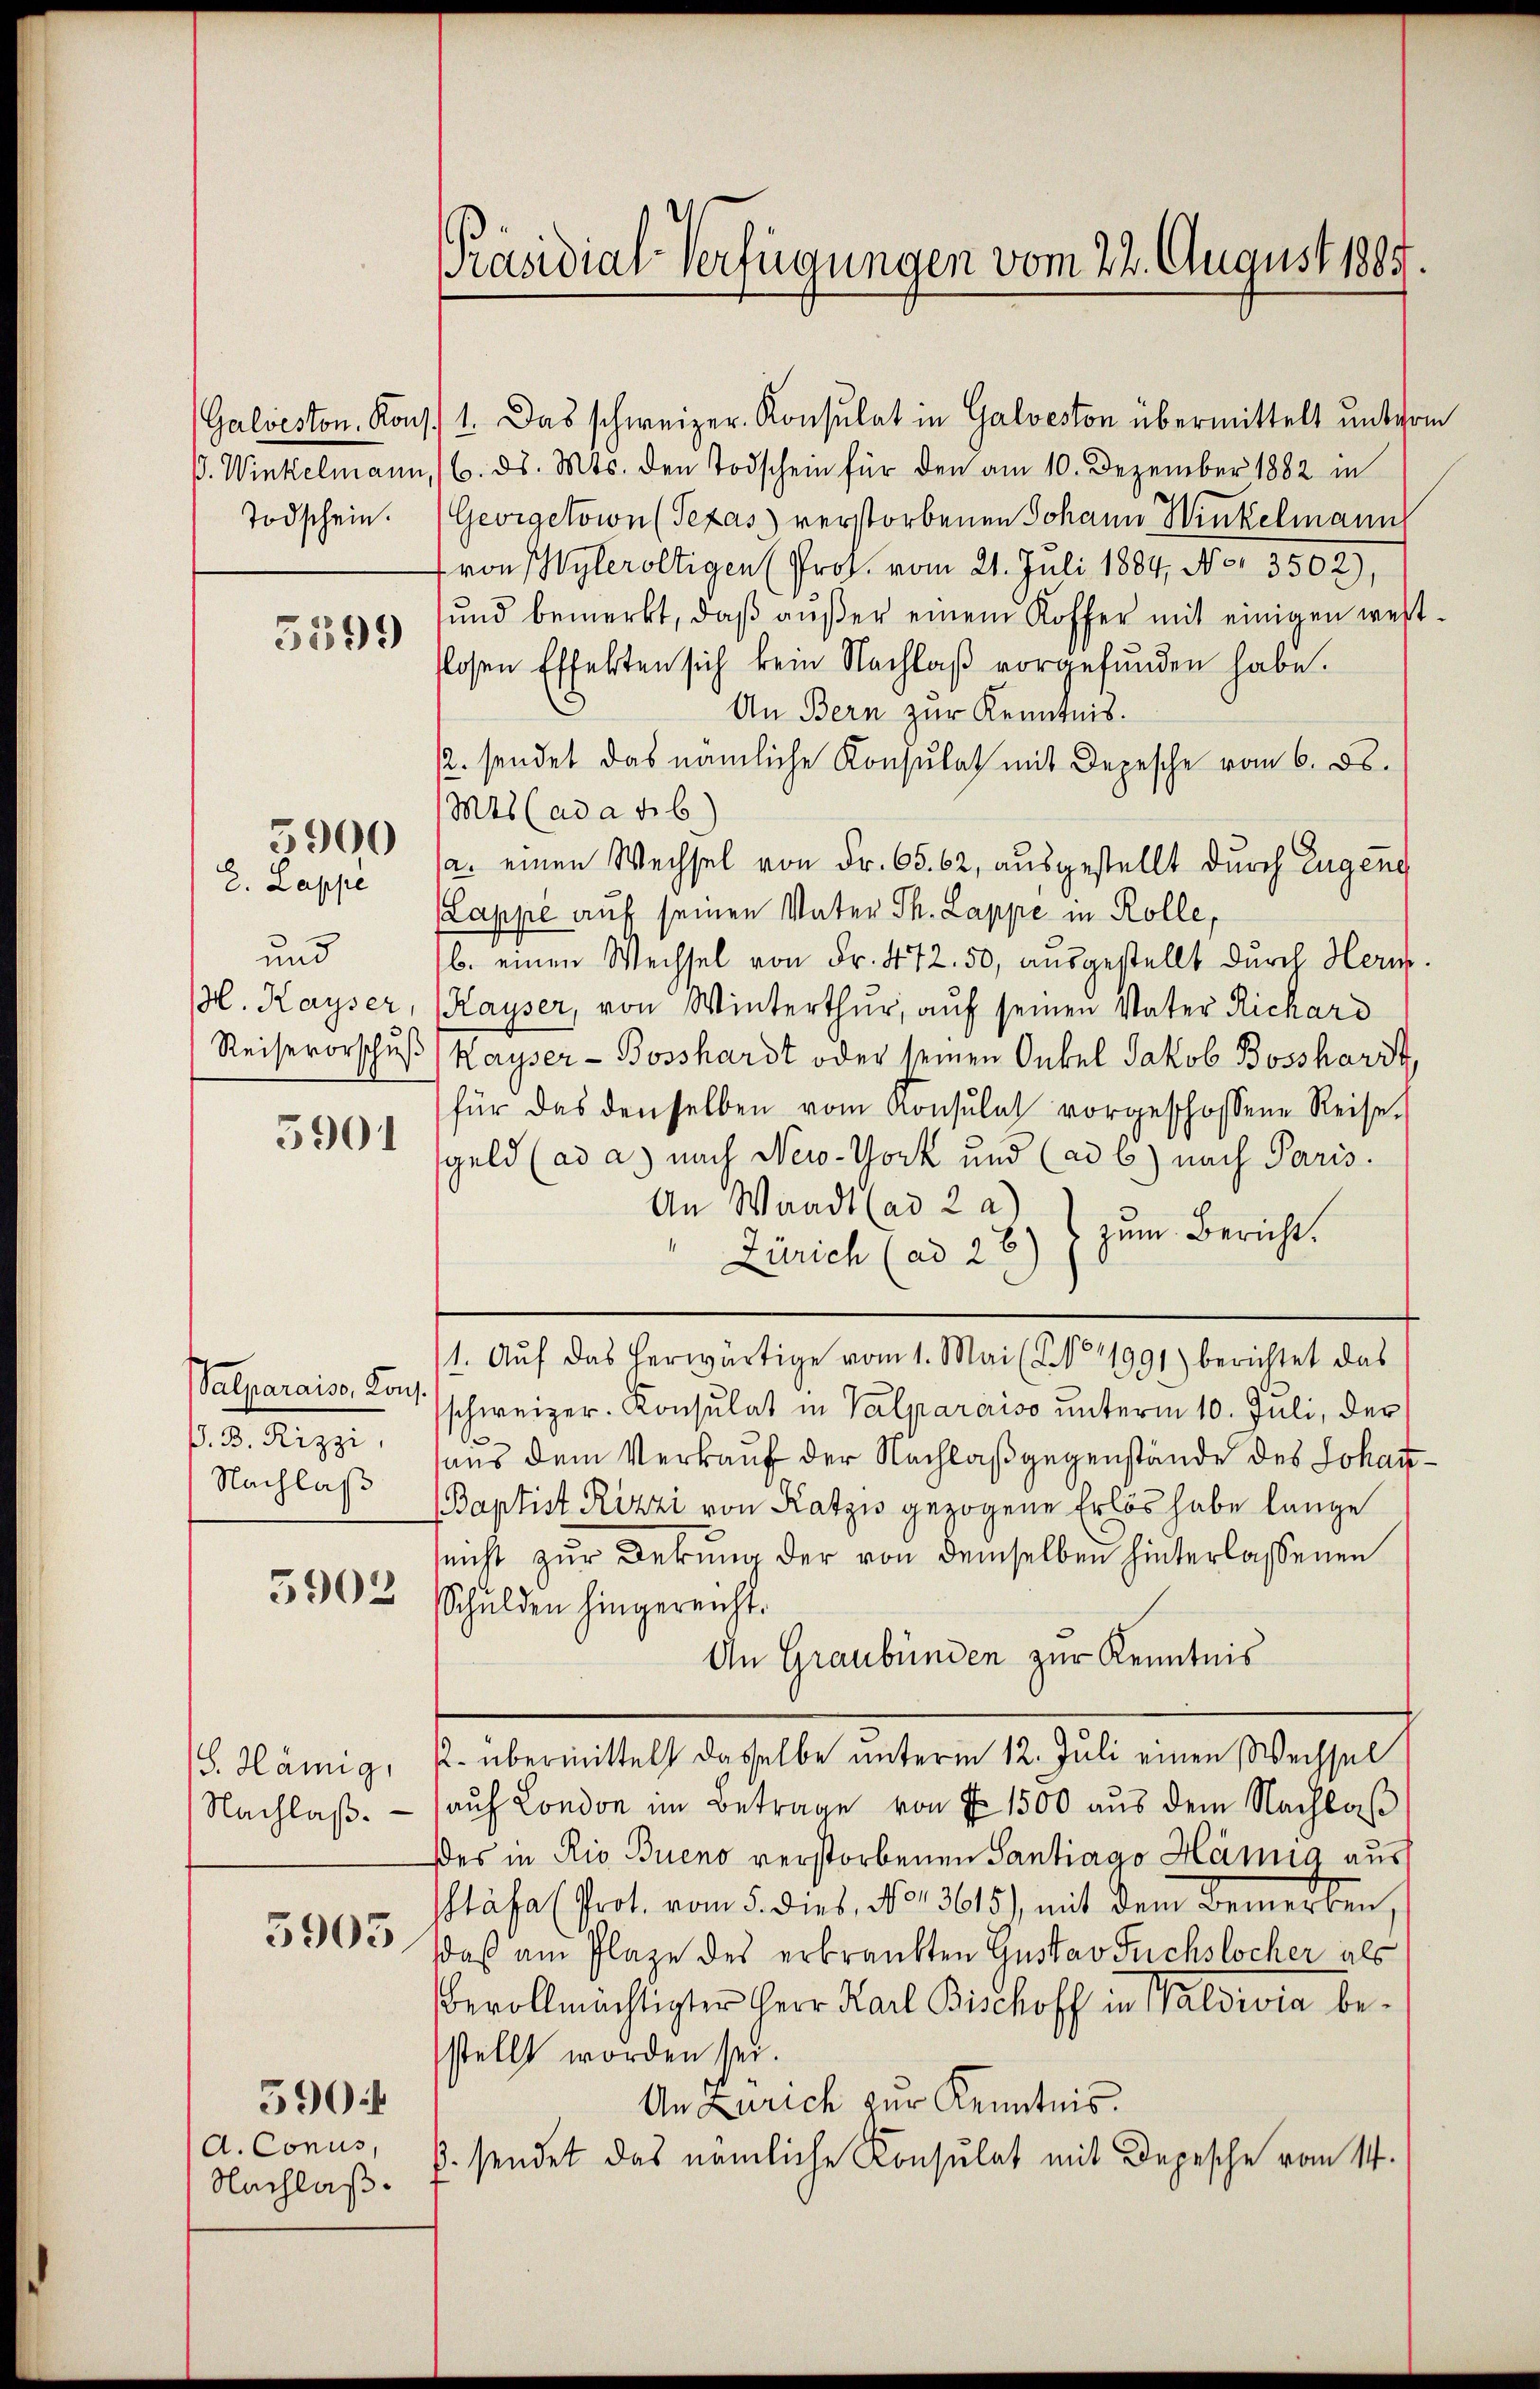
Todschein.

5599

2. Lappe
und
H. Kayser,
Reisevorschuß

5900

5901

Valparaiso, Kons.
P. B. Rizzi,
Nachlaß
5902

S. Hämig,
Nachlaß.

5905.

d. Conus,
Nachlaß.

590:

Präsidial-Verfügungen vom 22. August 1885.

Galveston. Kons. 1. Das schweizer. Konsulat in Galveston übermittelt unterm
ß. Winkelmann, 16. ds. Mts. den Todschein für den am 10. Dezember 1882 in
Georgetown (Texas verstorbenen Johann Winkelmann
von Wyleroltigen (Prof. vom 21. Juli 1884, No. 3502),
und bemerkt, daβ aŭβer einem Koffer mit einigen west-
losen Effekten sich kein Nachlaβ vorgefunden habe.
An Bern zur Kenntnis.
. sendet das nämliche Konsulat mit Depesche vom 6. ds.
Mts (ad ad b)
a. einen Wechsel von Fr. 65. 62, ausgestellt durch Eugen
appe auf seinen Vater Th. Lappe in Rolle,
b. einen Wechsel von Fr. 472. 50, ausgestellt durch Herm.
Kayser, von Winterthur, auf seinen Vater Richard
Kayser- Bosshardt oder seinen Onkel Jakob Bossharrt,
für das denselben vom Konsulat vorgeschossene Reise.
geld (ad a.) nach New-York und (ad b.) nach Paris.
An Waadt (ad 2 a)
zum Bericht.
Zürich (ad 26)
1. Aŭf das herwärtige vom 1. Mai (N° 1991) berichtet das
schweizer. Konsulat in Valparaiso unterm 10. Juli, der
haus dem Verkauf der Nachlaß gegenstände des Johan¬
Baptist Rizzi von Katzes gezogene Erlös habe lange
snicht zur Dekung der von demselben hinterlassenen
Schulden hingereicht.
An Graubünden zur Kenntnis
K. übermittelt dasselbe unterm 12. Juli einen Wechsel
auf London im Betrage von P. 1500 aus dem Nachlaß
es in Rio Bueno verstorbenen Santiago Hämig ausf
Stäfa (Prot. vom 5. dies, No. 3615), mit dem Bemerken,
daß am Plaze des erkrankten Gustav Fuchslocher als
bevollmächtigter Herr Karl Bischoff in Waldwia bestellt worden sei.
An Zürich zur Kenntnis.
p. sendet das nämliche Konsulat mit Depesche vom 14.